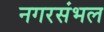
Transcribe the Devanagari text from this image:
नगरसंभल